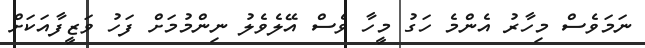
ނަމަވެސް މިހާރު އެންމެ ހަގު މީހާ ވެސް އޭލެވެލު ނިންމުމަށް ފަހު ވަޒީފާއަކަށް